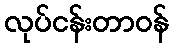
လုပ်ငန်းတာဝန်